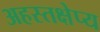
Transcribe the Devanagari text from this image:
अहस्तक्षेप्य